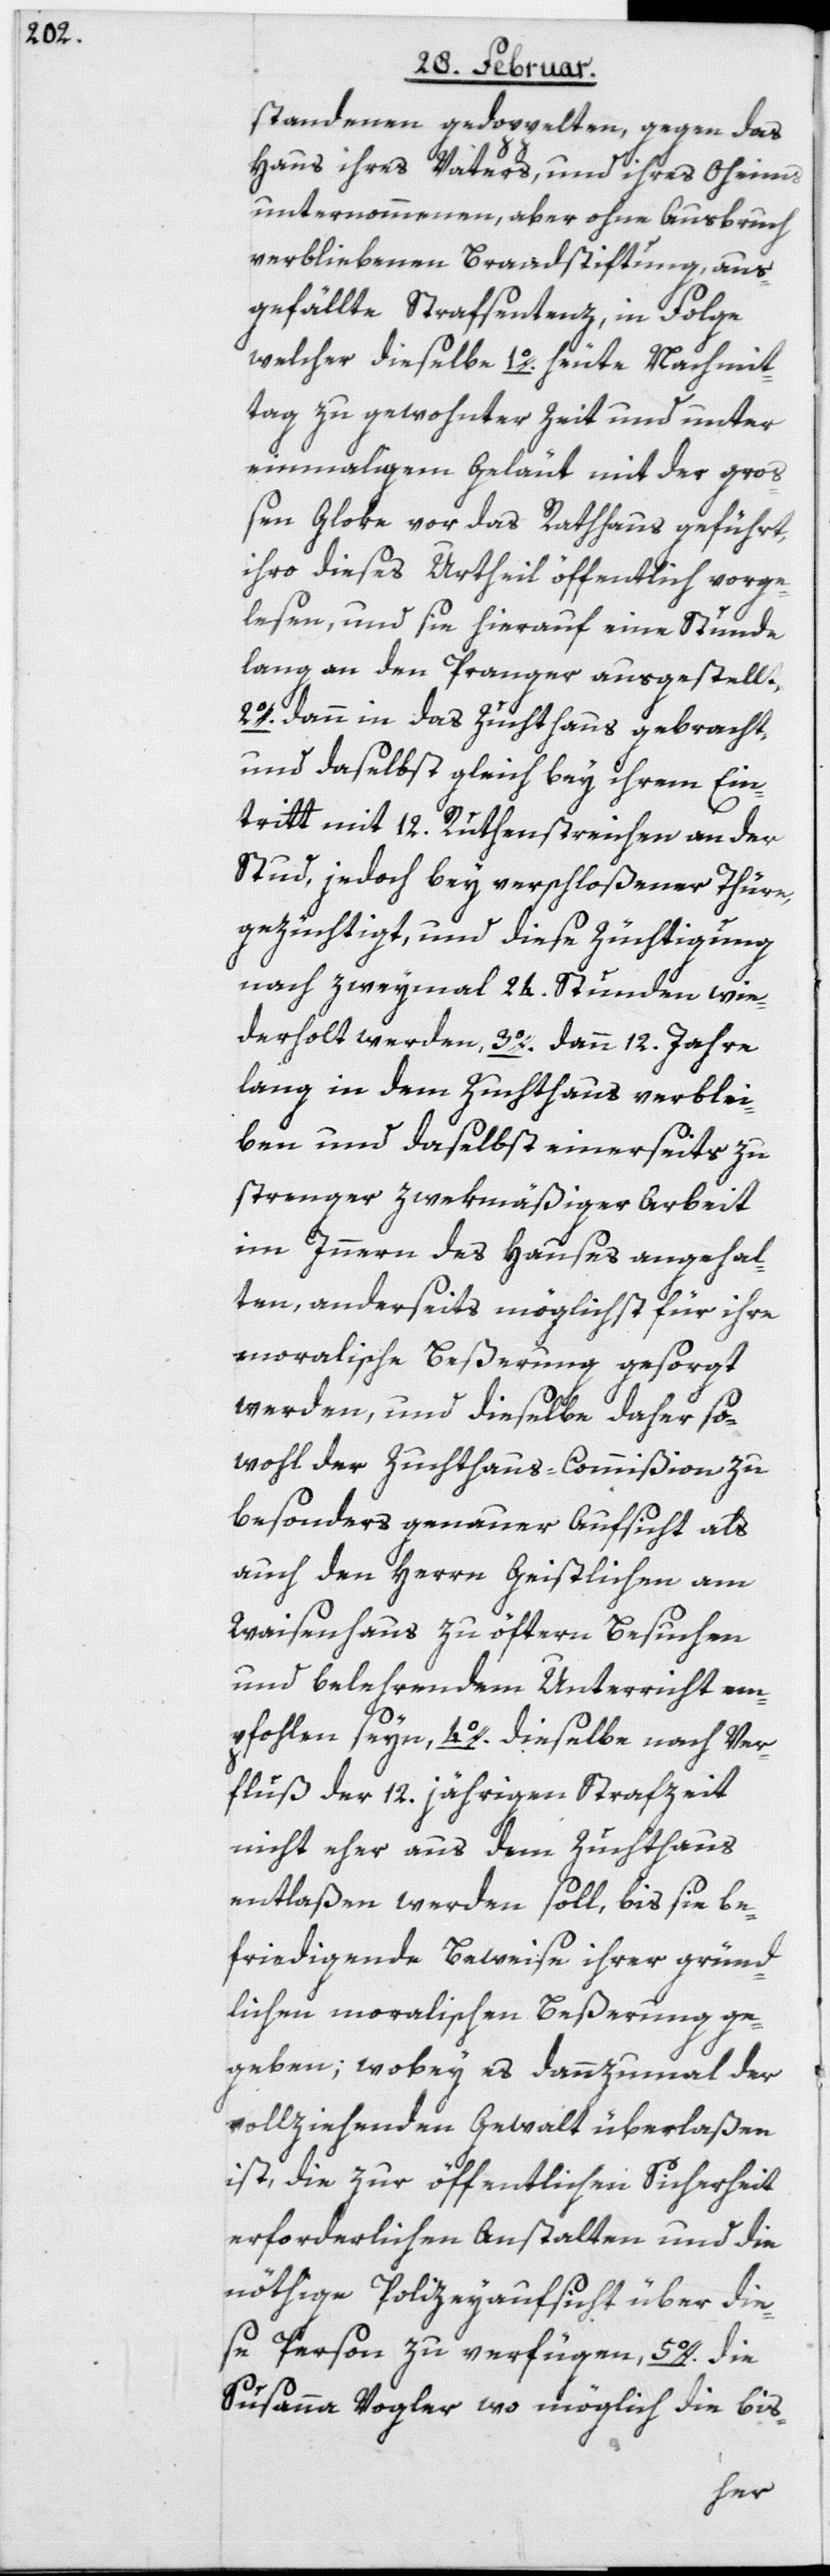
standenen gedoppelten, gegen das
Haus ihres Vaters, und ihres Oheims
unternommenen, aber ohne Ausbruch
verbliebenen Brandstiftung, aus¬
gefällte Strafsentenz, in Folge
welcher dieselbe 1o. heute Nachmit¬
tag zu gewohnter Zeit und unter
einmaligem Geläut mit der gro¬
ßen Gloke vor das Rathhaus geführt,
ihro dieses Urtheil öffentlich vorge¬
lesen, und sie hierauf eine Stunde
lang an den Pranger ausgestellt,
2o. dann in das Zuchthaus gebracht,
und daselbst gleich bey ihrem Ein¬
tritt mit 12. Ruthenstreichen an der
Stud, jedoch bey verschloßener Thüre,
gezüchtigt, und diese Züchtigung
nach zweymal 24. Stunden wie¬
derholt werden, 3o. dann 12. Jahre
lang in dem Zuchthaus verblei¬
ben und daselbst einerseits zu
strenger zwekmäßiger Arbeit
im Innern des Hauses angehal¬
ten, anderseits möglichst für ihre
moralische Beßerung gesorgt
werden, und dieselbe daher so¬
wohl der Zuchthaus-Commißion zu
besonders genauer Aufsicht als
auch den Herrn Geistlichen am
Waisenhaus zu öftern Besuchen
und belehrendem Unterricht em¬
pfohlen seyn, 4o. dieselbe nach Ver¬
fluß der 12. jährigen Strafzeit
nicht eher aus dem Zuchthaus
entlaßen werden soll, bis sie be¬
friedigende Beweise ihrer gründ¬
lichen moralischen Beßerung ge¬
geben; wobey es dannzumal der
vollziehenden Gewalt überlaßen
ist, die zur öffentlichen Sicherheit
erforderlichen Anstalten und die
nöthige Polizeyaufsicht über die¬
se Person zu verfügen, 5o. die
Susanna Vogler wo möglich die bis-